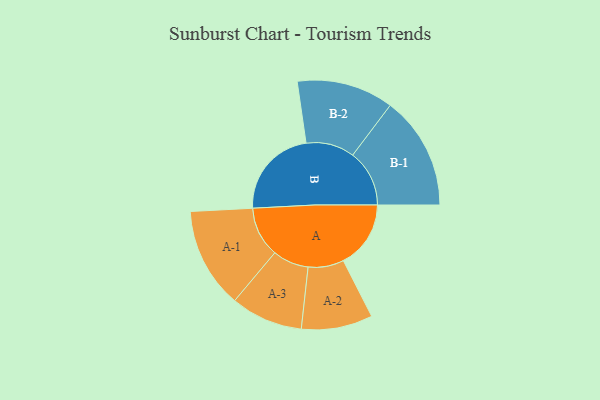
{"axis": {"x": "Segment", "y": "Value"}, "legend": ["", "A", "B"], "data": [{"x": "A", "y": 327, "type": ""}, {"x": "B", "y": 440, "type": ""}, {"x": "A-1", "y": 244, "type": "A"}, {"x": "A-2", "y": 173, "type": "A"}, {"x": "A-3", "y": 175, "type": "A"}, {"x": "B-1", "y": 275, "type": "B"}, {"x": "B-2", "y": 235, "type": "B"}]}